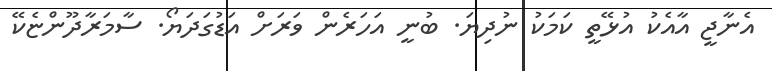
އެނާޖީ އާއެކު އުޅޭތީ ކަމަކު ނުދިޔަ. ބުނީ އަހަރެން ވަރަށް އަޑުގަދަޔޯ. ސާމަރާދޫންޏެކޭ